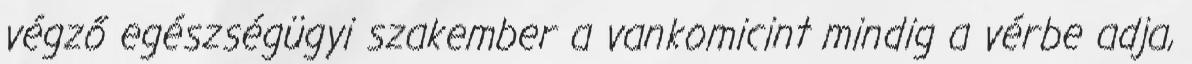
végző egészségügyi szakember a vankomicint mindig a vérbe adja,